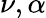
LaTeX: \nu,\alpha